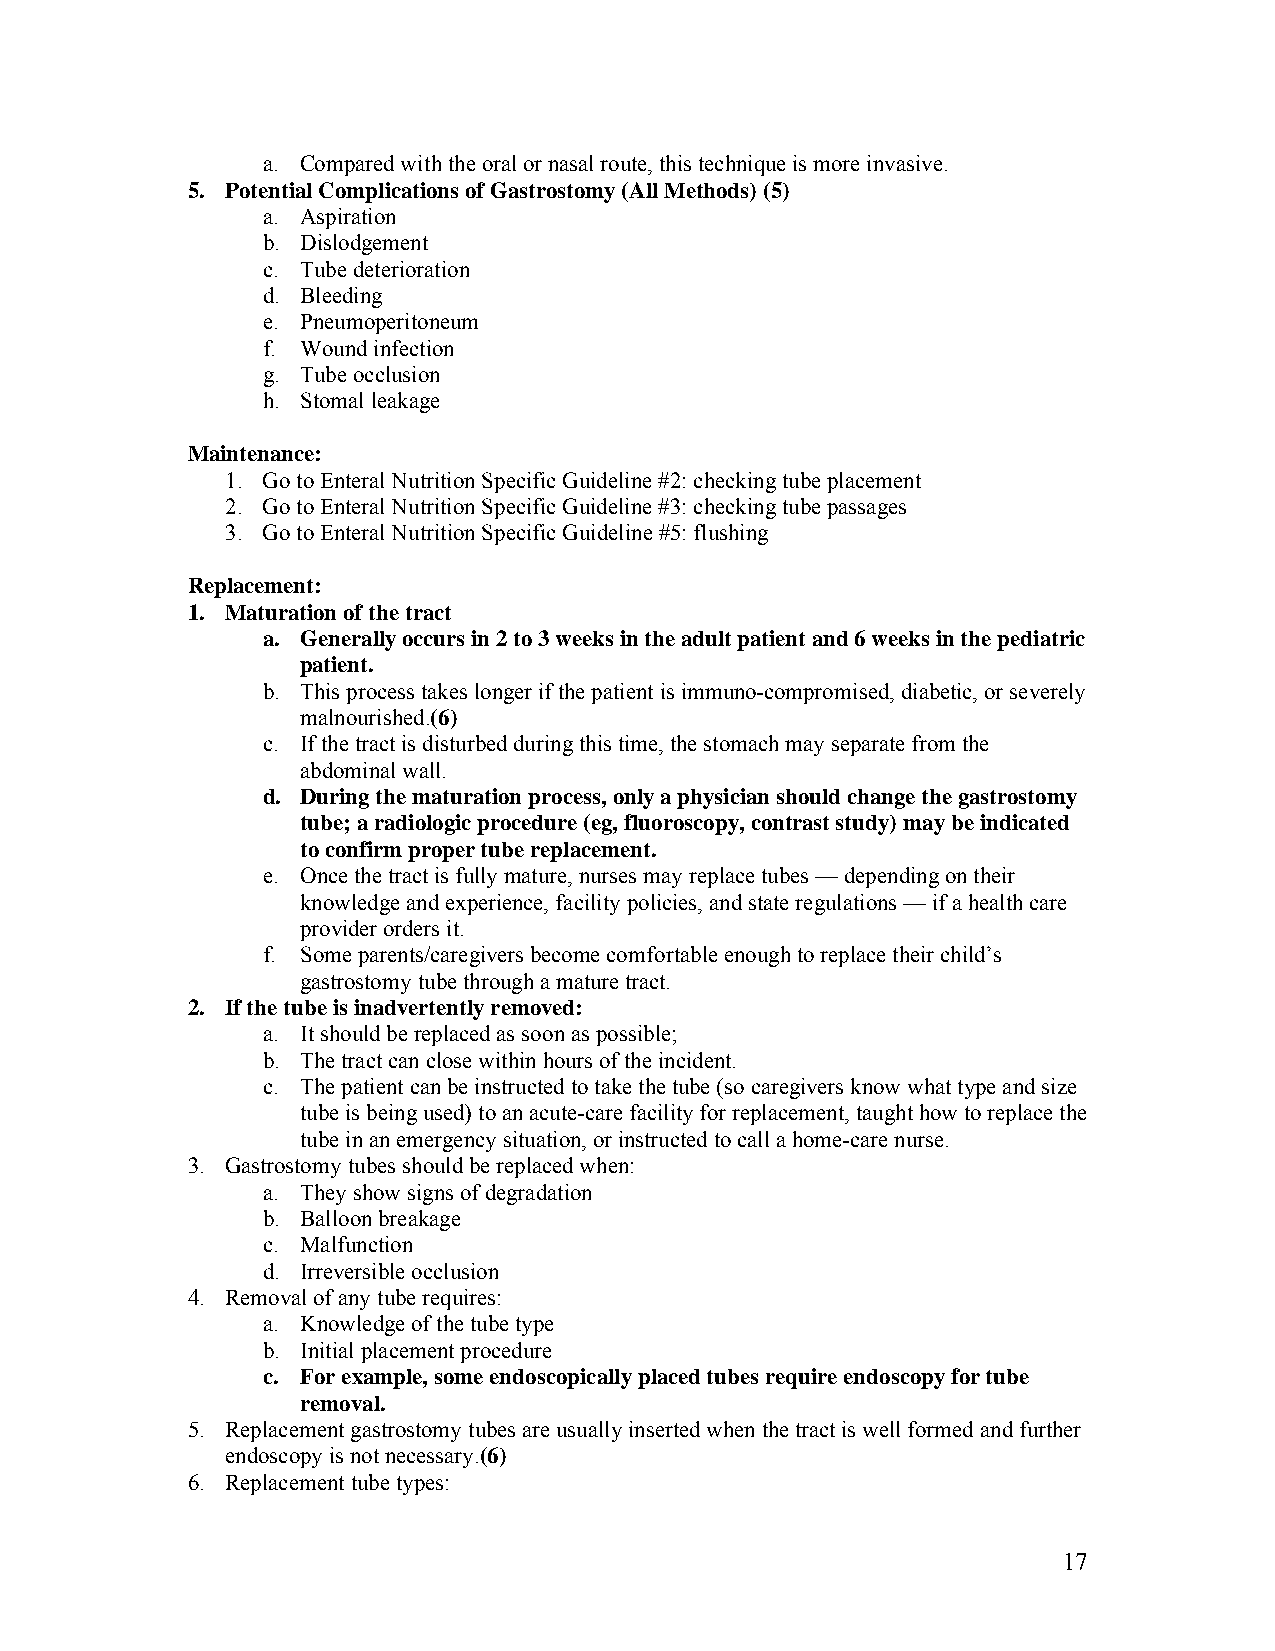
a. Compared with the oral or nasal route, this technique is more invasive.
 5. Potential Complications of Gastrostomy (All Methods) (5)
 a. Aspiration
 b. Dislodgement
 c. Tube deterioration
 d. Bleeding
 e. Pneumoperitoneum
 f. Wound infection
 g. Tube occlusion
 h. Stomal leakage
 Maintenance:
 1. Go to Enteral Nutrition Specific Guideline #2: checking tube placement
 2. Go to Enteral Nutrition Specific Guideline #3: checking tube passages
 3. Go to Enteral Nutrition Specific Guideline #5: flushing
 Replacement:
 1. Maturation of the tract
 a. Generally occurs in 2 to 3 weeks in the adult patient and 6 weeks in the pediatric
 patient.
 b. This process takes longer if the patient is immuno-compromised, diabetic, or severely
 malnourished.(6)
 c. If the tract is disturbed during this time, the stomach may separate from the
 abdominal wall.
 d. During the maturation process, only a physician should change the gastrostomy
 tube; a radiologic procedure (eg, fluoroscopy, contrast study) may be indicated
 to confirm proper tube replacement.
 e. Once the tract is fully mature, nurses may replace tubes — depending on their
 knowledge and experience, facility policies, and state regulations — if a health care
 provider orders it.
 f. Some parents/caregivers become comfortable enough to replace their child’s
 gastrostomy tube through a mature tract.
 2. If the tube is inadvertently removed:
 a. It should be replaced as soon as possible;
 b. The tract can close within hours of the incident.
 c. The patient can be instructed to take the tube (so caregivers know what type and size
 tube is being used) to an acute-care facility for replacement, taught how to replace the
 tube in an emergency situation, or instructed to call a home-care nurse.
 3. Gastrostomy tubes should be replaced when:
 a. They show signs of degradation
 b. Balloon breakage
 c. Malfunction
 d. Irreversible occlusion
 4. Removal of any tube requires:
 a. Knowledge of the tube type
 b. Initial placement procedure
 c. For example, some endoscopically placed tubes require endoscopy for tube
 removal.
 5. Replacement gastrostomy tubes are usually inserted when the tract is well formed and further
 endoscopy is not necessary.(6)
 6. Replacement tube types:
 17